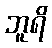
ဘူရိ